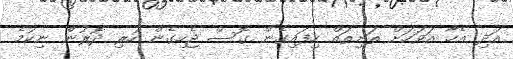
އަދި އެހާ އަވަހަށް ތަށިތައް ހިފައިގެން ގޮސް ޖެހިގެން ހުރި ދޮރުން ނިކުމެ